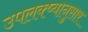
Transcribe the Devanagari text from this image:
उपलक्ष्यानुसार